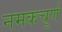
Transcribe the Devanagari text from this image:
नमकचूर्ण